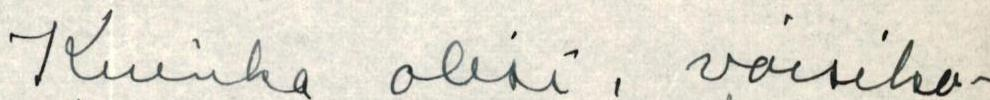
Kuinka olisi, voisiko-